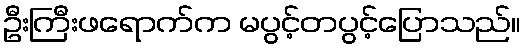
ဦးကြီးဖရောက်က မပွင့်တပွင့်ပြောသည်။